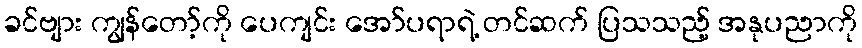
ခင်ဗျား ကျွန်တော့်ကို ပေကျင်း အော်ပရာရဲ့ တင်ဆက် ပြသသည့် အနုပညာကို